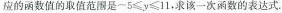
应的函数值的取值范围是$$-5 ≤ y ≤ 11$$，求该一次函数的表达式。